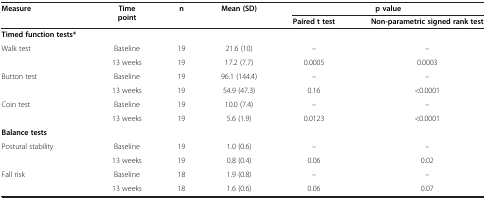
<table><thead><tr><td rowspan="2"><b>Measure</b></td><td rowspan="2"><b>Time point</b></td><td rowspan="2"><b>n</b></td><td rowspan="2"><b>Mean (SD)</b></td><td colspan="2"><b>p value</b></td></tr><tr><td><b>Paired t test</b></td><td><b>Non-parametric signed rank test</b></td></tr></thead><tbody><tr><td><b>Timed function tests*</b></td><td> </td><td> </td><td> </td><td> </td><td> </td></tr><tr><td>Walk test</td><td>Baseline</td><td>19</td><td>21.6 (10)</td><td>–</td><td>–</td></tr><tr><td> </td><td>13 weeks</td><td>19</td><td>17.2 (7.7)</td><td>0.0005</td><td>0.0003</td></tr><tr><td>Button test</td><td>Baseline</td><td>19</td><td>96.1 (144.4)</td><td>–</td><td>–</td></tr><tr><td> </td><td>13 weeks</td><td>19</td><td>54.9 (47.3)</td><td>0.16</td><td>&lt;0.0001</td></tr><tr><td>Coin test</td><td>Baseline</td><td>19</td><td>10.0 (7.4)</td><td>–</td><td>–</td></tr><tr><td> </td><td>13 weeks</td><td>19</td><td>5.6 (1.9)</td><td>0.0123</td><td>&lt;0.0001</td></tr><tr><td><b>Balance tests</b></td><td> </td><td> </td><td> </td><td> </td><td> </td></tr><tr><td>Postural stability</td><td>Baseline</td><td>19</td><td>1.0 (0.6)</td><td>–</td><td>–</td></tr><tr><td> </td><td>13 weeks</td><td>19</td><td>0.8 (0.4)</td><td>0.06</td><td>0.02</td></tr><tr><td>Fall risk</td><td>Baseline</td><td>18</td><td>1.9 (0.8)</td><td>–</td><td>–</td></tr><tr><td> </td><td>13 weeks</td><td>18</td><td>1.6 (0.6)</td><td>0.06</td><td>0.07</td></tr></tbody></table>